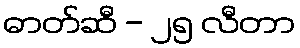
ဓာတ်ဆီ - ၂၅ လီတာ